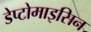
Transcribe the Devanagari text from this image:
डेप्टोमाइसिन